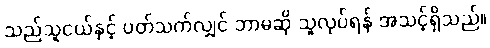
သည်သူငယ်နှင့် ပတ်သက်လျှင် ဘာမဆို သူလုပ်ရန် အသင့်ရှိသည်။